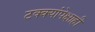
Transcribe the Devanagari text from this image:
टक्क्यांपेक्षाही